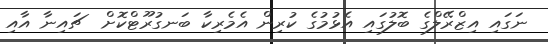
ނަގައި އިޒްރޭލްގެ ބޮލުގައި އެޅުމުގެ ކުރިން އެމެރިކާ ބަނގުރޫޓްކޮށް  ޗައިނާ އާއި